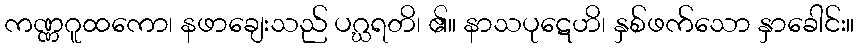
ကဏ္ဏဂူထကော၊ နဖာချေးသည် ပဂ္ဃရတိ၊ ၏။ နာသပုဋေဟိ၊ နှစ်ဖက်သော နှာခေါင်း။